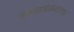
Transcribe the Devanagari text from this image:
यज्ञसाधनेमागचा